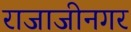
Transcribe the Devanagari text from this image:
राजाजीनगर